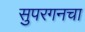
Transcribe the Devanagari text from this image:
सुपरगनचा